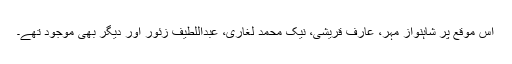
اس موقع پر شاہنواز مہر، عارف قریشی، نیک محمد لغاری، عبداللطیف زئور اور دیگر بھی موجود تھے۔